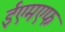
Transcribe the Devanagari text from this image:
ईएमएफ